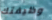
وظيفتك